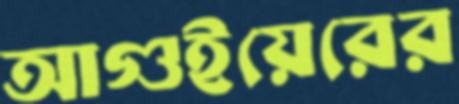
আগুইয়েরের